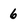
Character: 6